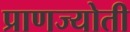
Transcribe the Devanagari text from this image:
प्राणज्योती